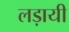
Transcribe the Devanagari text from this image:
लड़ायी